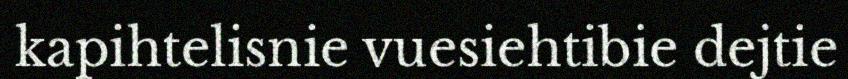
kapihtelisnie vuesiehtibie dejtie